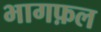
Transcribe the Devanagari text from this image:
भागफ़ल